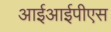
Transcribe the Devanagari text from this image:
आईआईपीएस